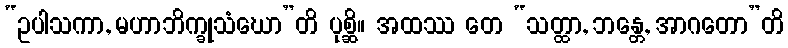
“ဥပါသကာ, မဟာဘိက္ခုသံဃော”တိ ပုစ္ဆိ။ အထဿ တေ “သတ္ထာ, ဘန္တေ, အာဂတော”တိ